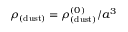
\rho _ { \mathrm { ( d u s t ) } } = \rho _ { \mathrm { ( d u s t ) } } ^ { ( 0 ) } / a ^ { 3 }